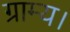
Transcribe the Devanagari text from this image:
ग्राम्य।